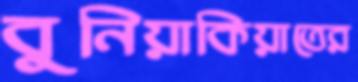
বুনিয়াকিয়াতের